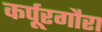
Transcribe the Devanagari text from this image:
कर्पूरगौरा